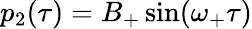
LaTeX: \begin{array}{r}{p_{2}(\tau)=B_{+}\sin(\omega_{+}\tau)}\end{array}